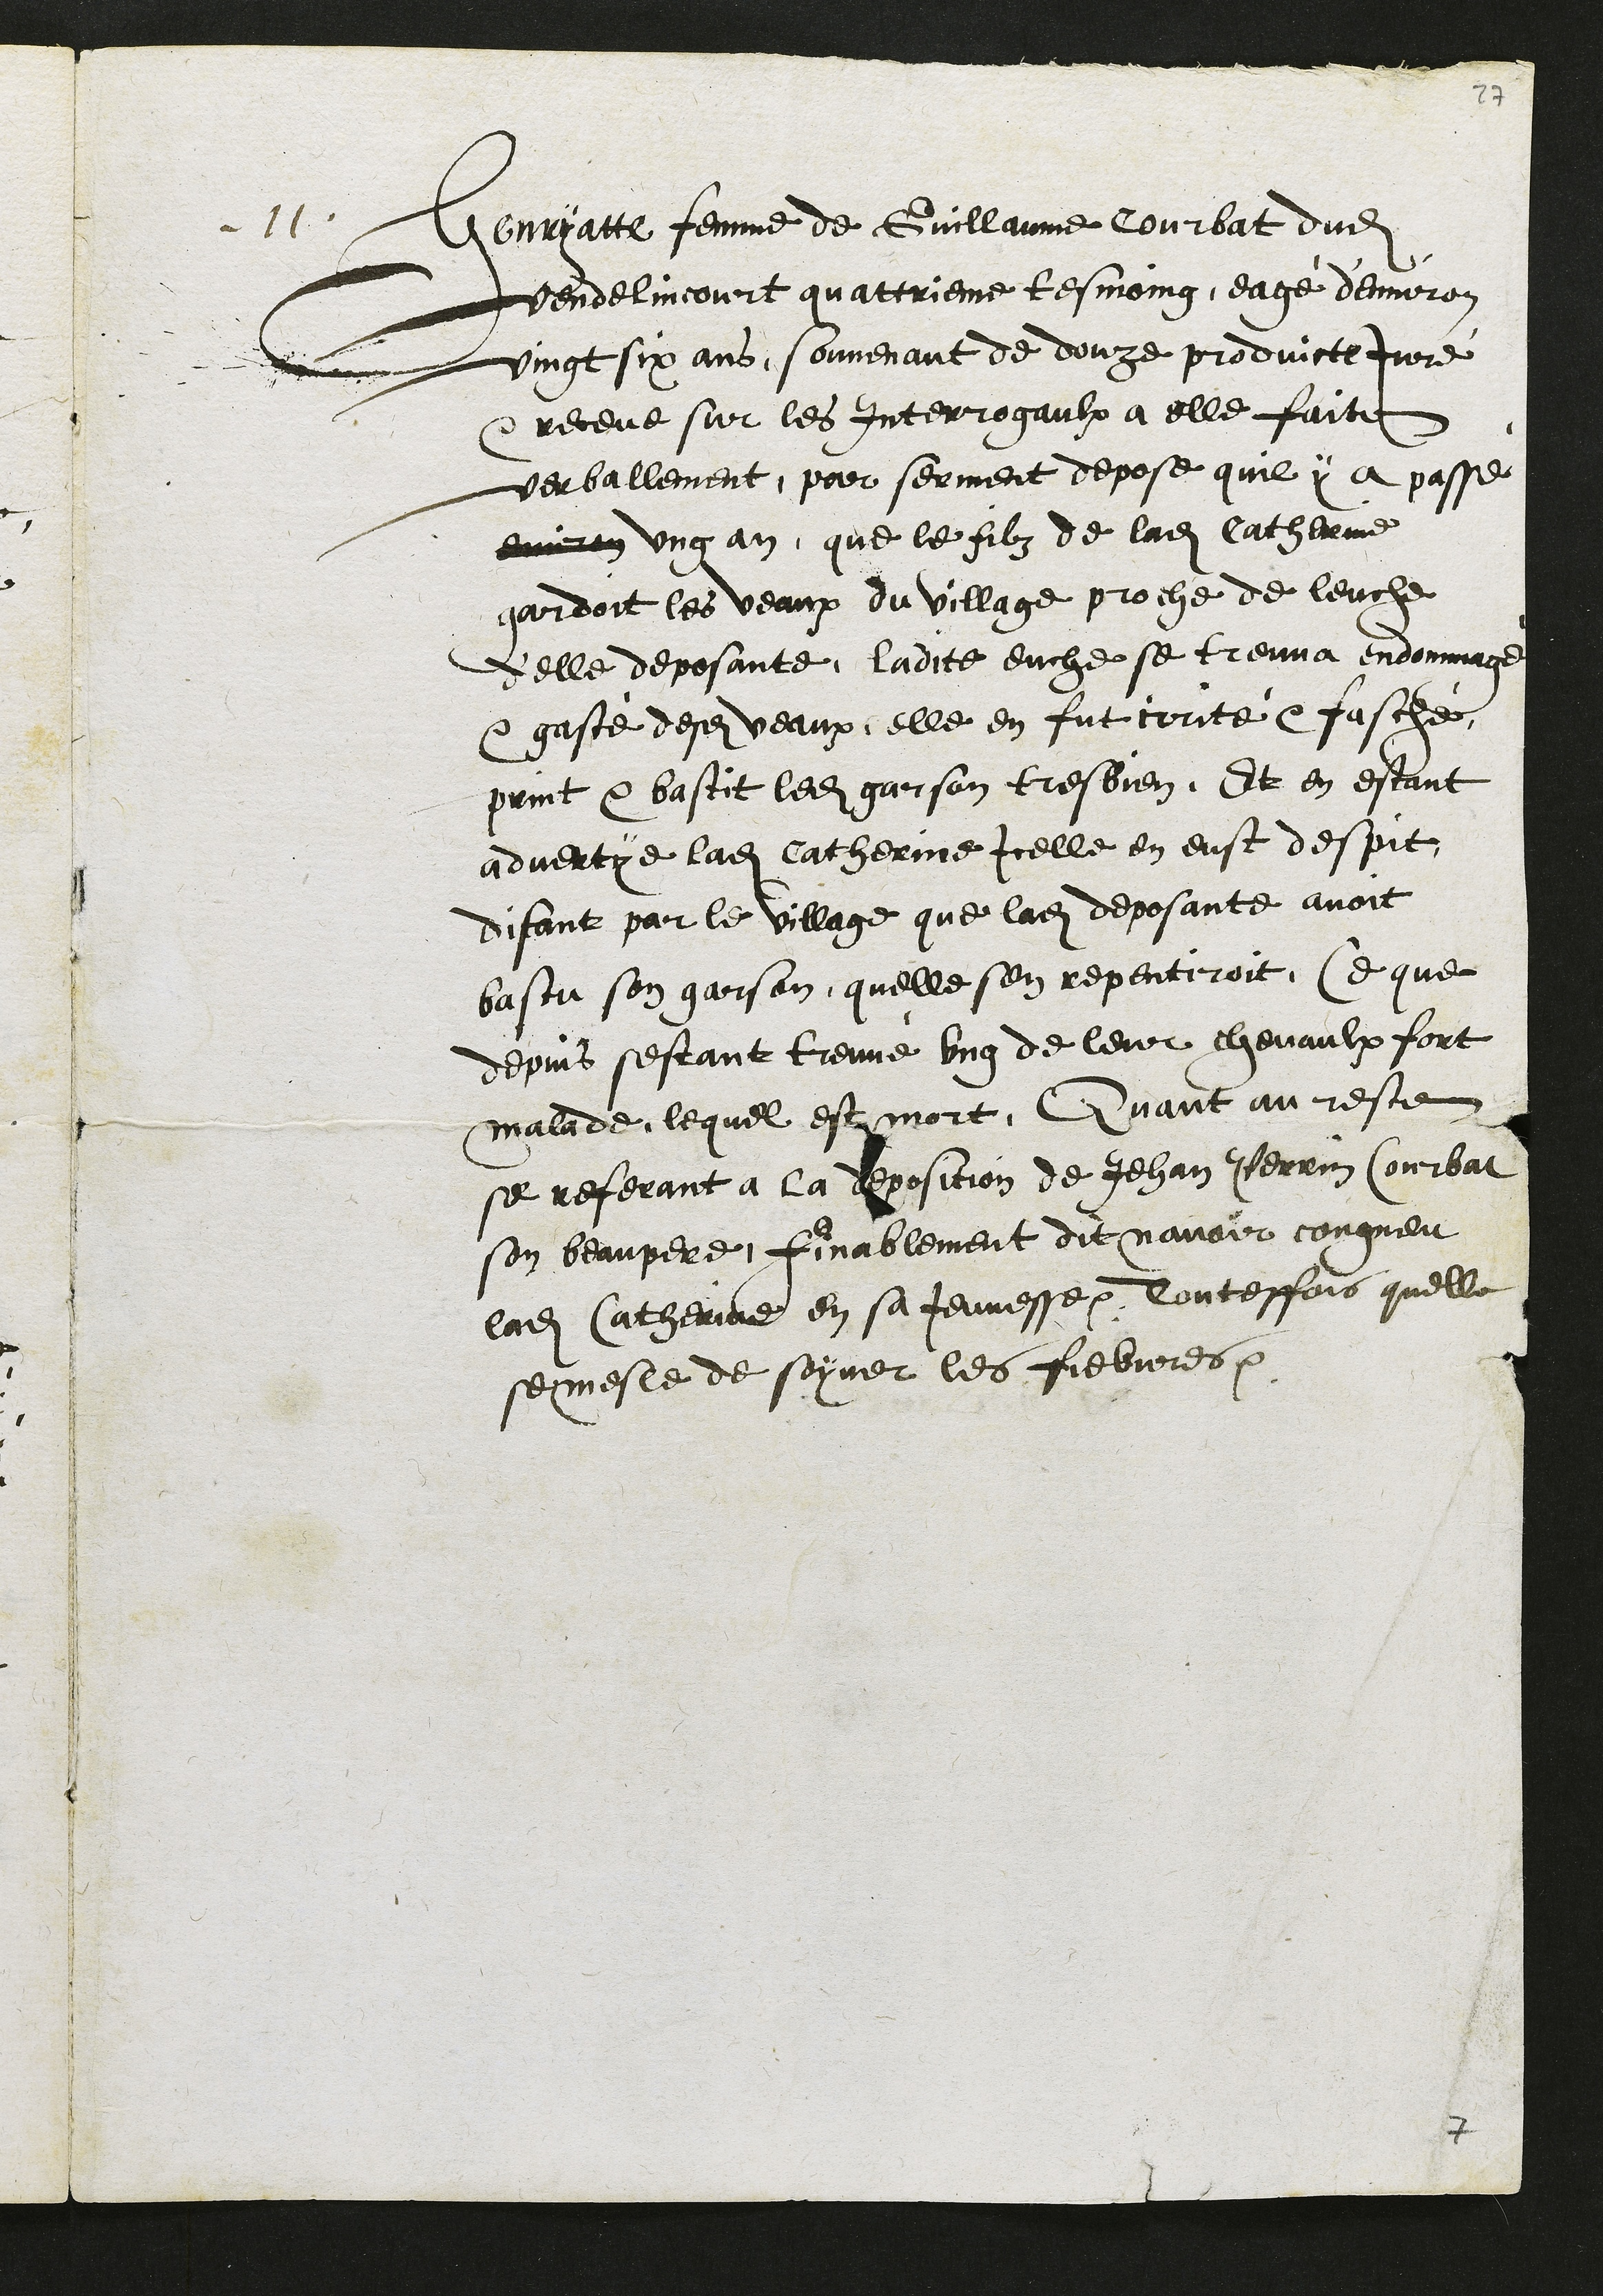
11
Henryatte femme de Guillaume Courbat dudit
Vendelincourt quattrieme tesmoing, eagé d'environ
vingt six ans, souvenant de douze produicte Juré
receue sur les Interrogaulx a elle faite
verballement, par serment depose quil y a passé
environ ung an, que le filz de ladite Catherine
gardoit les veaux du village proche de leuche
d'elle deposante, ladite euche se treuva endommage
et gasté desdits veaux, elle en fut irrité et fasché,
print et bastit ledit garson tres bien. Et en estant
advertye ladite Catherinne icelle en eust despit
disant par le village que ladite deposante avoit
bastu son garson, quelle sen repentiroit, Ce que
depuis sestant treuvé ung de leur chevaulx fort
malade, lequel est mort, Quant au reste
se referant à la deposition de Jehan Perrin Courbat
son beau pere, Finablement dit navoir congneu
ladite Catherine en sa Jeunesse, Touteffois quelle
se mesle de soyner les fiebvres.

7